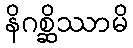
နိဂစ္ဆိဿာမိ